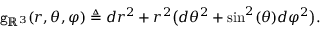
\mathtt { g } _ { \mathbb { R } ^ { 3 } } ( r , \theta , \varphi ) \triangleq d r ^ { 2 } + r ^ { 2 } \big ( d \theta ^ { 2 } + \sin ^ { 2 } ( \theta ) d \varphi ^ { 2 } \big ) .